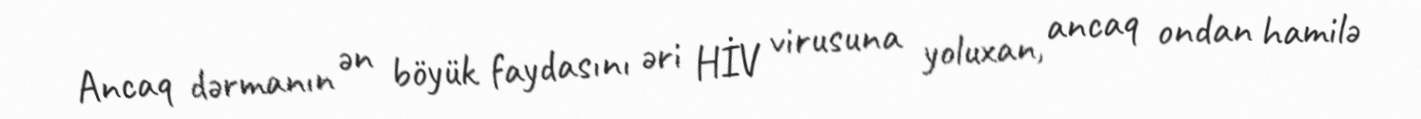
Ancaq dərmanın ən böyük faydasını əri HİV virusuna yoluxan, ancaq ondan hamilə